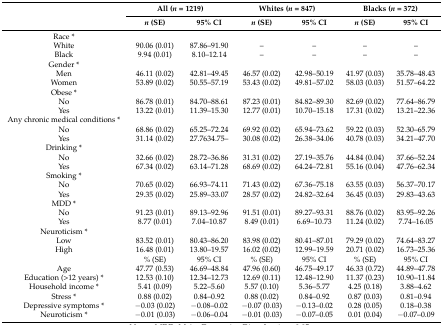
<table><thead><tr><td rowspan="2"></td><td colspan="2"><b>All (<i>n</i> = 1219)</b></td><td colspan="2"><b>Whites (<i>n</i> = 847)</b></td><td colspan="2"><b>Blacks (<i>n</i> = 372)</b></td></tr><tr><td><b><i>n</i> (SE)</b></td><td><b>95% CI</b></td><td><b><i>n</i> (SE)</b></td><td><b>95% CI</b></td><td><b><i>n</i> (SE)</b></td><td><b>95% CI</b></td></tr></thead><tbody><tr><td>Race *</td><td></td><td></td><td></td><td></td><td></td><td></td></tr><tr><td>White</td><td>90.06 (0.01)</td><td>87.86–91.90</td><td>–</td><td>–</td><td>–</td><td>–</td></tr><tr><td>Black</td><td>9.94 (0.01)</td><td>8.10–12.14</td><td>–</td><td>–</td><td>–</td><td>–</td></tr><tr><td>Gender *</td><td></td><td></td><td></td><td></td><td></td><td></td></tr><tr><td>Men</td><td>46.11 (0.02)</td><td>42.81–49.45</td><td>46.57 (0.02)</td><td>42.98–50.19</td><td>41.97 (0.03)</td><td>35.78–48.43</td></tr><tr><td>Women</td><td>53.89 (0.02)</td><td>50.55–57.19</td><td>53.43 (0.02)</td><td>49.81–57.02</td><td>58.03 (0.03)</td><td>51.57–64.22</td></tr><tr><td>Obese *</td><td></td><td></td><td></td><td></td><td></td><td></td></tr><tr><td>No</td><td>86.78 (0.01)</td><td>84.70–88.61</td><td>87.23 (0.01)</td><td>84.82–89.30</td><td>82.69 (0.02)</td><td>77.64–86.79</td></tr><tr><td>Yes</td><td>13.22 (0.01)</td><td>11.39–15.30</td><td>12.77 (0.01)</td><td>10.70–15.18</td><td>17.31 (0.02)</td><td>13.21–22.36</td></tr><tr><td>Any chronic medical conditions *</td><td></td><td></td><td></td><td></td><td></td><td></td></tr><tr><td>No</td><td>68.86 (0.02)</td><td>65.25–72.24</td><td>69.92 (0.02)</td><td>65.94–73.62</td><td>59.22 (0.03)</td><td>52.30–65.79</td></tr><tr><td>Yes</td><td>31.14 (0.02)</td><td>27.7634.75–</td><td>30.08 (0.02)</td><td>26.38–34.06</td><td>40.78 (0.03)</td><td>34.21–47.70</td></tr><tr><td>Drinking *</td><td></td><td></td><td></td><td></td><td></td><td></td></tr><tr><td>No</td><td>32.66 (0.02)</td><td>28.72–36.86</td><td>31.31 (0.02)</td><td>27.19–35.76</td><td>44.84 (0.04)</td><td>37.66–52.24</td></tr><tr><td>Yes</td><td>67.34 (0.02)</td><td>63.14–71.28</td><td>68.69 (0.02)</td><td>64.24–72.81</td><td>55.16 (0.04)</td><td>47.76–62.34</td></tr><tr><td>Smoking *</td><td></td><td></td><td></td><td></td><td></td><td></td></tr><tr><td>No</td><td>70.65 (0.02)</td><td>66.93–74.11</td><td>71.43 (0.02)</td><td>67.36–75.18</td><td>63.55 (0.03)</td><td>56.37–70.17</td></tr><tr><td>Yes</td><td>29.35 (0.02)</td><td>25.89–33.07</td><td>28.57 (0.02)</td><td>24.82–32.64</td><td>36.45 (0.03)</td><td>29.83–43.63</td></tr><tr><td>MDD *</td><td></td><td></td><td></td><td></td><td></td><td></td></tr><tr><td>No</td><td>91.23 (0.01)</td><td>89.13–92.96</td><td>91.51 (0.01)</td><td>89.27–93.31</td><td>88.76 (0.02)</td><td>83.95–92.26</td></tr><tr><td>Yes</td><td>8.77 (0.01)</td><td>7.04–10.87</td><td>8.49 (0.01)</td><td>6.69–10.73</td><td>11.24 (0.02)</td><td>7.74–16.05</td></tr><tr><td>Neuroticism *</td><td></td><td></td><td></td><td></td><td></td><td></td></tr><tr><td>Low</td><td>83.52 (0.01)</td><td>80.43–86.20</td><td>83.98 (0.02)</td><td>80.41–87.01</td><td>79.29 (0.02)</td><td>74.64–83.27</td></tr><tr><td>High</td><td>16.48 (0.01)</td><td>13.80–19.57</td><td>16.02 (0.02)</td><td>12.99–19.59</td><td>20.71 (0.02)</td><td>16.73–25.36</td></tr><tr><td></td><td>% (SE)</td><td>95% CI</td><td>% (SE)</td><td>95% CI</td><td>% (SE)</td><td>95% CI</td></tr><tr><td>Age</td><td>47.77 (0.53)</td><td>46.69–48.84</td><td>47.96 (0.60)</td><td>46.75–49.17</td><td>46.33 (0.72)</td><td>44.89–47.78</td></tr><tr><td>Education (&gt;12 years) *</td><td>12.53 (0.10)</td><td>12.34–12.73</td><td>12.69 (0.11)</td><td>12.48–12.90</td><td>11.37 (0.23)</td><td>10.90–11.84</td></tr><tr><td>Household income *</td><td>5.41 (0.09)</td><td>5.22–5.60</td><td>5.57 (0.10)</td><td>5.36–5.77</td><td>4.25 (0.18)</td><td>3.88–4.62</td></tr><tr><td>Stress *</td><td>0.88 (0.02)</td><td>0.84–0.92</td><td>0.88 (0.02)</td><td>0.84–0.92</td><td>0.87 (0.03)</td><td>0.81–0.94</td></tr><tr><td>Depressive symptoms *</td><td>−0.03 (0.02)</td><td>−0.08–0.02</td><td>−0.07 (0.03)</td><td>−0.13–0.02</td><td>0.28 (0.05)</td><td>0.18–0.38</td></tr><tr><td>Neuroticism *</td><td>−0.01 (0.03)</td><td>−0.06–0.04</td><td>−0.01 (0.03)</td><td>−0.07–0.05</td><td>0.01 (0.04)</td><td>−0.07–0.09</td></tr></tbody></table>